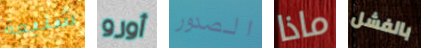
شنيعة أورو الصدور ماذا بالفشل